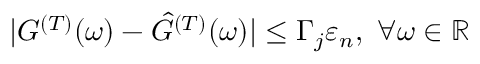
| { G } ^ { ( T ) } ( \omega ) - \hat { G } ^ { ( T ) } ( \omega ) | \leq \Gamma _ { j } \varepsilon _ { n } , ~ \forall \omega \in \mathbb { R }